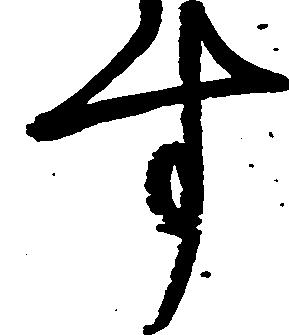
す